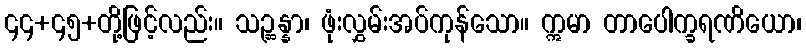
၄၄+၄၅+တို့ဖြင့်လည်း။ သဉ္ဆန္နာ၊ ဖုံးလွှမ်းအပ်ကုန်သော။ ဣမာ တာပေါက္ခရဏိယော၊